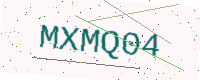
Text: MXMQ04